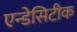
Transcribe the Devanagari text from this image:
एन्डेसिटीक